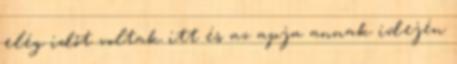
elég időt voltak itt és az apja annak idején